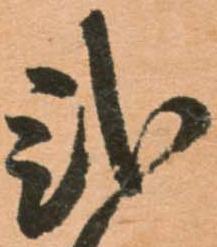
弐